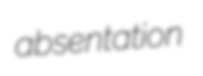
absentation